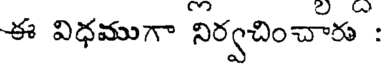
ఈ విధముగా నిర్వచించారు :